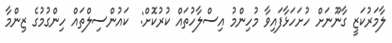
ލާމަރުކަޒީ ގާނޫނަށް ހުށަހަޅާފައިވާ މުހިންމު އިސްލާހުތައް ކުރުކޮށް:  ކައުންސިލްތައް ހިންގުމުގެ ޒިންމާ